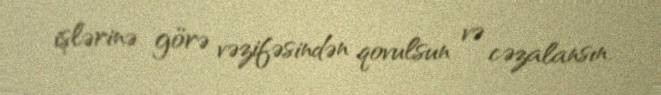
işlərinə görə vəzifəsindən qovulsun və cəzalansın.